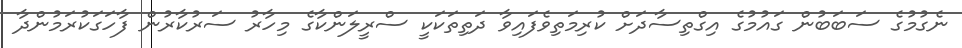
ނެގުމުގެ ސަބަބުން ގައުމުގެ އިގްތިސާދަށް ކުރިމަތިވެފައިވާ ދަތިތަކަކީ ސްރީލަންކާގެ މިހާރު ސަރުކާރުން ފާހަގަކުރަމުންދާ